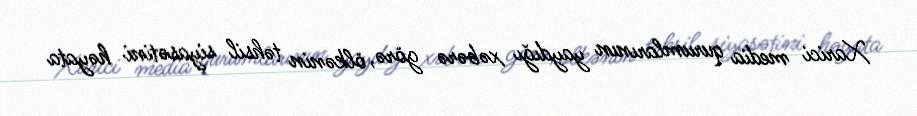
Xarici media qurumlarının yaydığı xəbərə görə, ölkənin təhsil siyasətini həyata